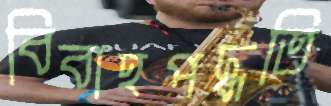
বিবাহপদ্ধতি